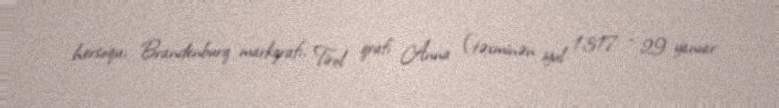
hersoqu, Brandenburq markqrafı, Tirol qrafı Anna (təxminən iyul 1317 - 29 yanvar